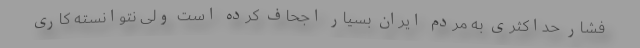
فشار حداکثری به مردم ایران بسیار اجحاف کرده است ولی نتوانسته کاری